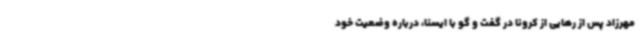
مهرزاد پس از رهایی از کرونا در گفت و گو با ایسنا، درباره وضعیت خود